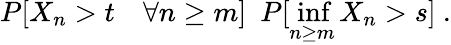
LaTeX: P[X_{n}>t\quad\forall n\ge m]\ \le\ P[\operatorname*{inf}_{n\ge m}X_{n}>s]\ .